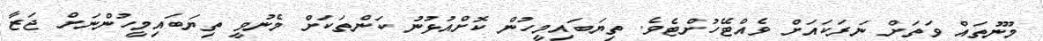
މޫނުތައް ވަތަށް ނަރަކައަށް ވެއްޓޭހުށްޓެވެ. ތިޔަބައިމީހުން ކޮށްއުޅުނު ކަންތަކަށް މެނުވީ ތިޔަބައިމީހުންނަށް ޖަޒާ